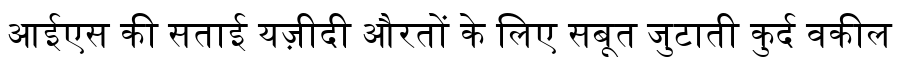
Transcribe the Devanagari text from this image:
आईएस की सताई यज़ीदी औरतों के लिए सबूत जुटाती कुर्द वकील